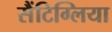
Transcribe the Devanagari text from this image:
सैंटिग्लिया